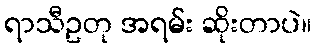
ရာသီဥတု အရမ်း ဆိုးတာပဲ။